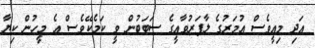
އަދި މިއީވެސް އުމަރުގެ ލާޕަރުވާއީގެ ސަބަބުން ވީ ކަމެކޭވެސް އެ މީހުން ކިޔާ